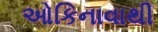
ઓકિનાવાથી